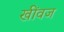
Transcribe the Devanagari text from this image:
खींवज